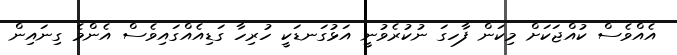
އެއްވެސް ކުއްޖަކަށް މިކަން ފާހގަ ނުކުރެވުނީ އަޅުގަނޑަކީ ހުރިހާ ގަޑިއެއްގައިވެސް އެންމެ ގިނައިން